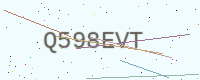
Text: Q598EVT